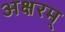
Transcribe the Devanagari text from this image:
अक्षरम्